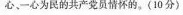
心-心为民的共产党员情怀的。(10分)